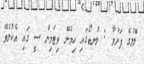
ލޮލުގެ ފަރުވާ : ލުނބޯގައި ހިމެނޭ ވިޓަމިން ސީ ގައި އެކުލެވޭ